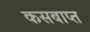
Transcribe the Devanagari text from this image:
कसबाप्त